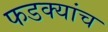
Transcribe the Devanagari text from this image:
फडक्यांच